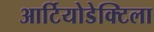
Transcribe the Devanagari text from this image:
आर्टियोडेक्टिला